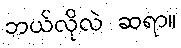
ဘယ်လိုလဲ ဆရာ။